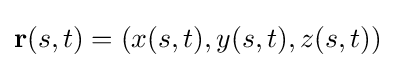
\mathbf {r} (s,t)=(x(s,t),y(s,t),z(s,t))